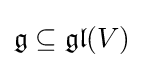
{\mathfrak {g}}\subseteq {\mathfrak {gl}}(V)